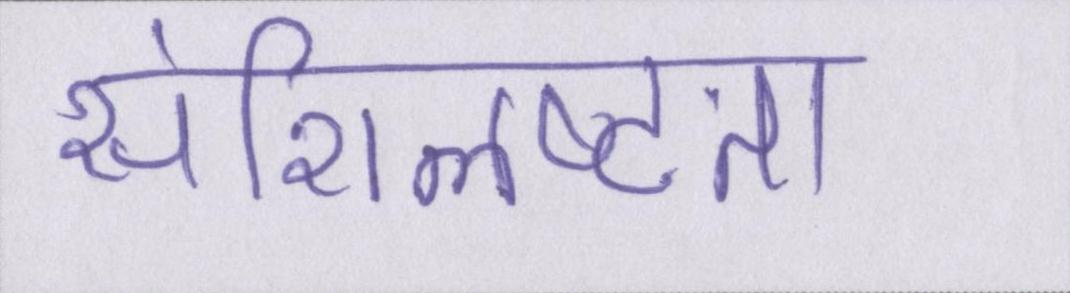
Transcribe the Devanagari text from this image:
संशिलष्टता